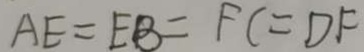
A E = E B = F C = D F